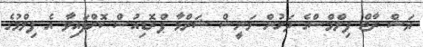
ޔަޝް ރާޖް ފިލްމްސްގެ ދަށުން މަނީޝް ޝަރްމާ ޕްރޮޑިއުސް ކޮށްފައިވާ އެ ފިލްމުގެ